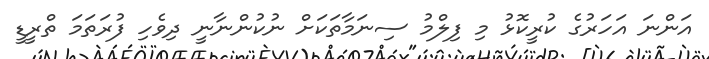
އަންނަ އަހަރުގެ ކުރީކޮޅު މި ފިލްމު ސިނަމާތަކަށް ނުކުންނާނީ ދިވެހި ފުރަތަމަ ތްރީޑީ